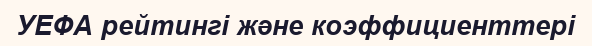
УЕФА рейтингі және коэффициенттері